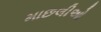
માછલીઓ